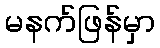
မနက်ဖြန်မှာ